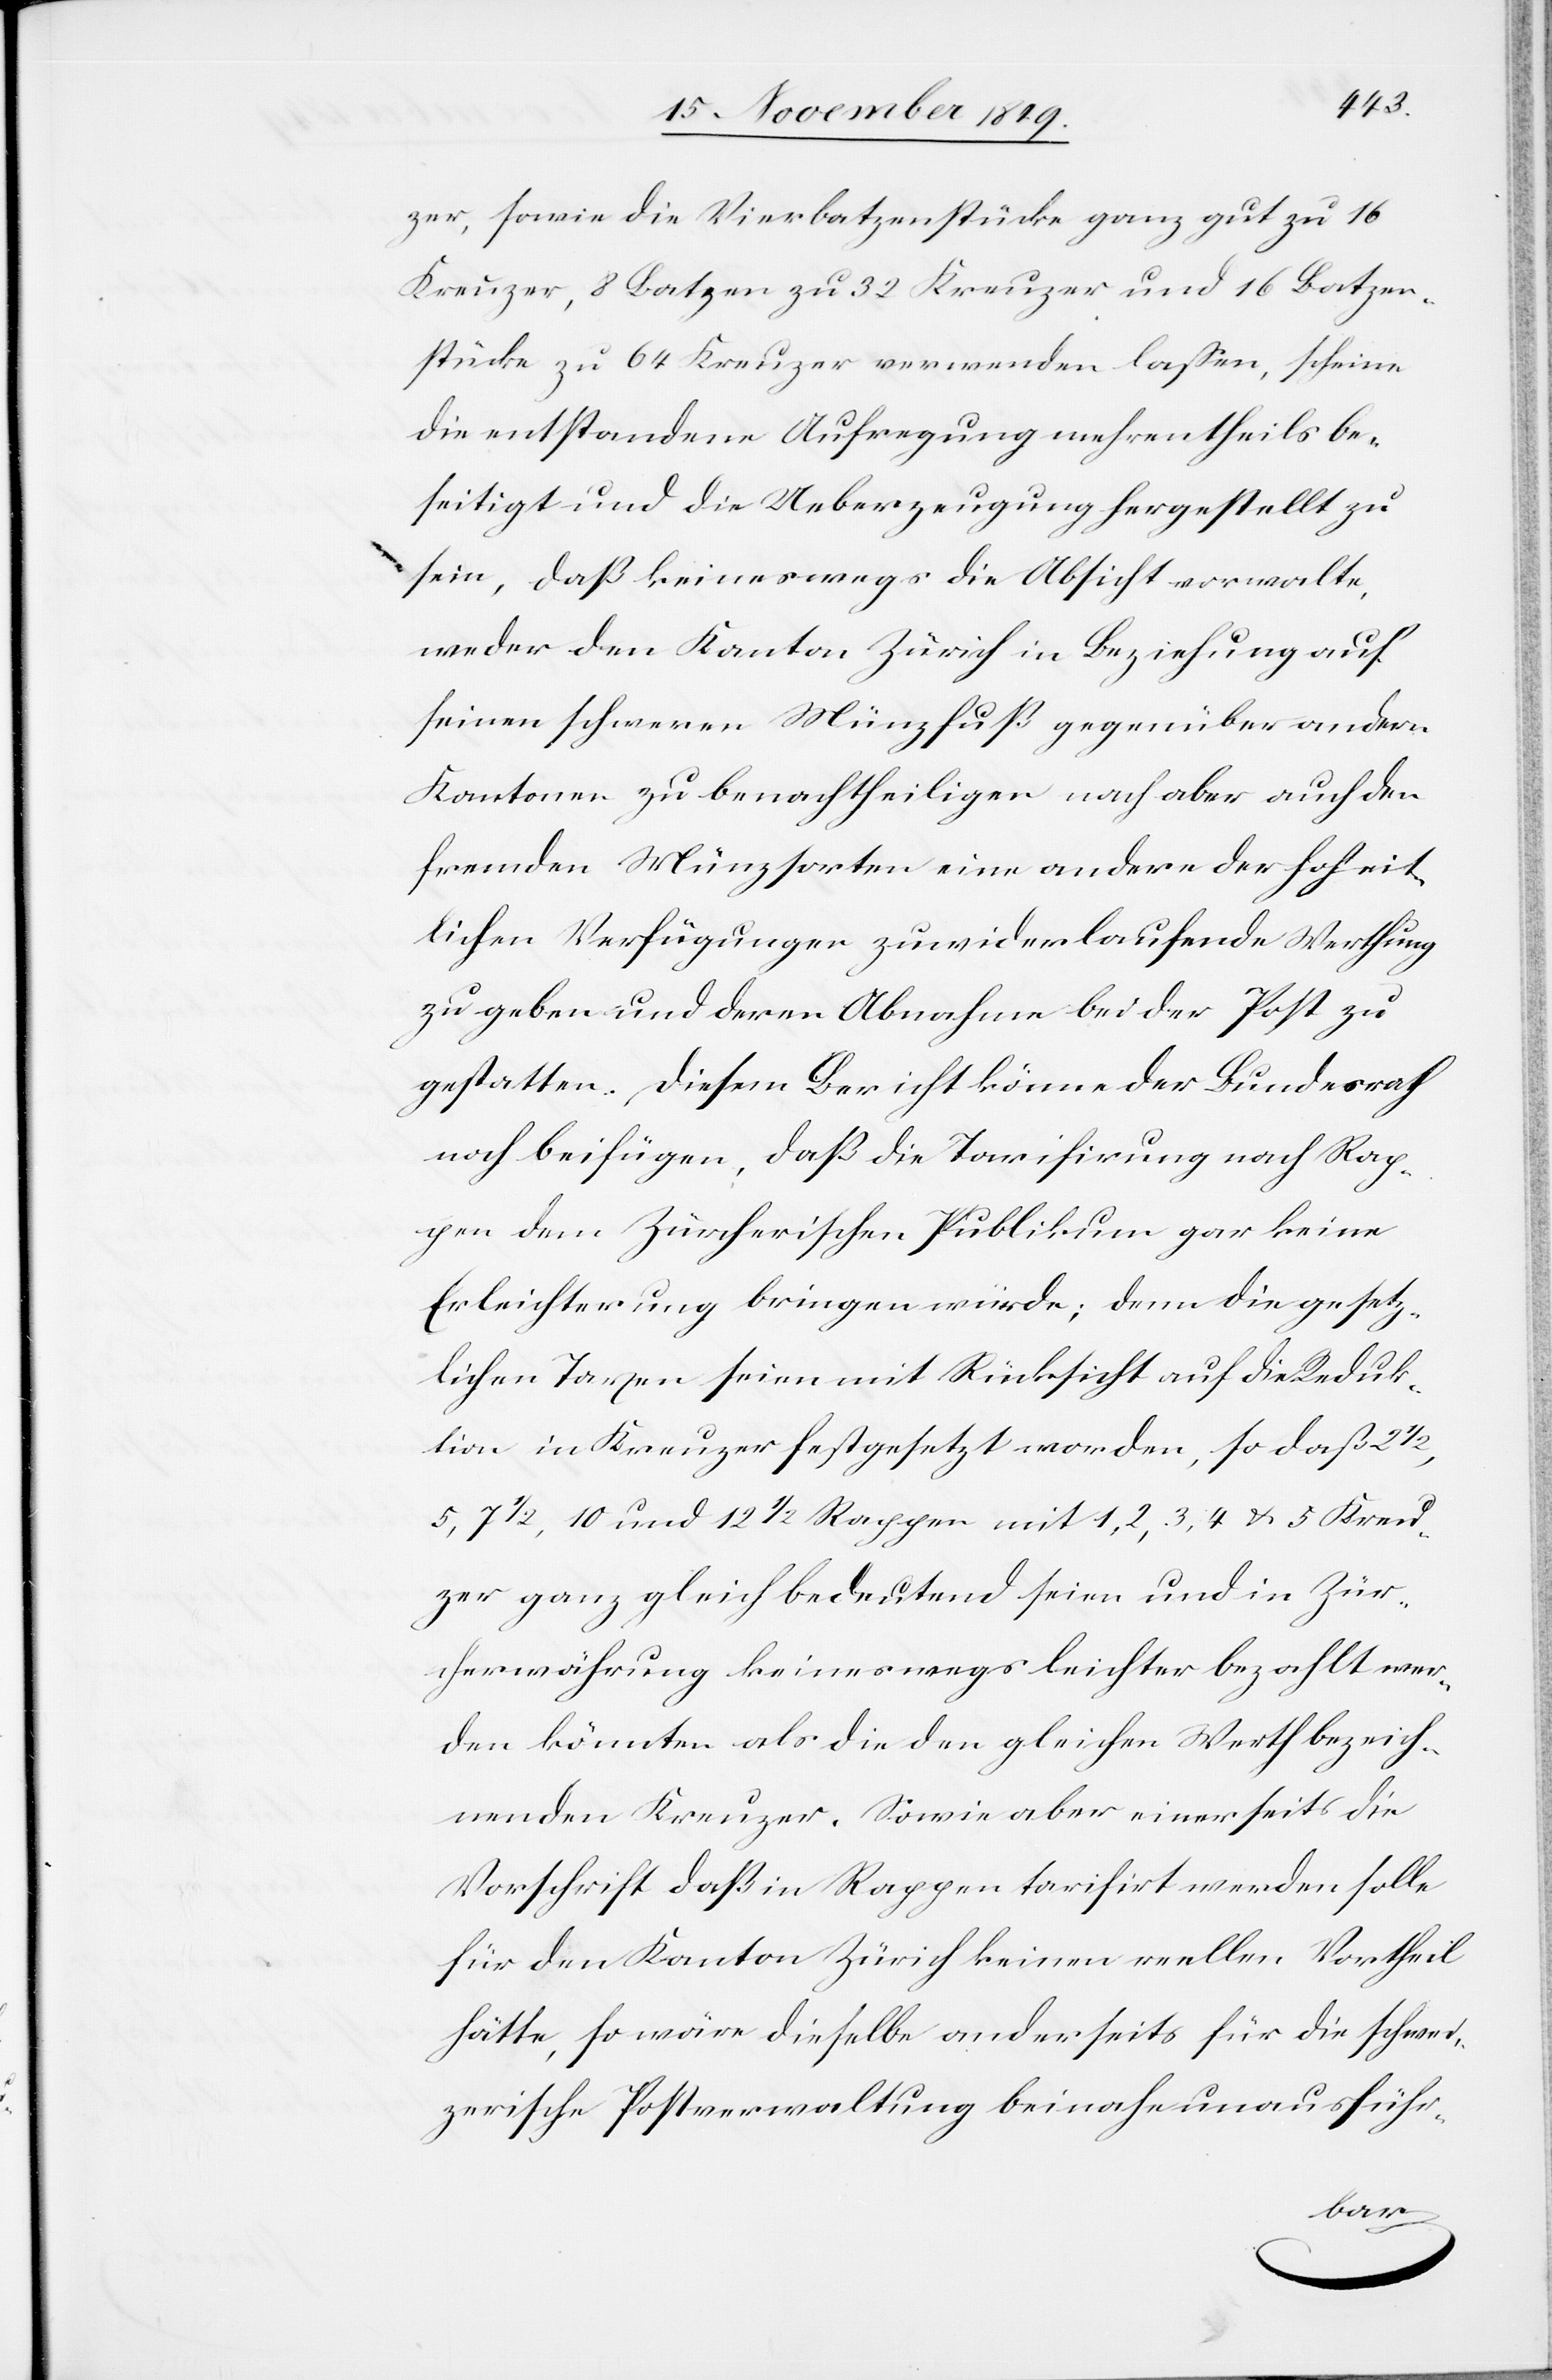
zer, sowie die Vierbatzenstücke ganz gut zu 16
Kreuzer, 8 Batzen zu 32 Kreuzer und 16 Batzen¬
stücke zu 64 Kreuzer verwenden laßen, scheine
die entstandene Aufregung mehrentheils be¬
seitigt und die Ueberzeugung hergestellt zu
sein, daß keineswegs die Absicht vorwalte,
weder den Kanton Zürich in Beziehung auf
seinen schweren Münzfuß gegenüber andern
Kantonen zu benachtheiligen noch aber auch den
fremden Münzsorten eine andere der hoheit¬
lichen Verfügungen zuwiderlaufende Werthung
zu geben und deren Abnahme bei der Post zu
gestatten. Diesem Bericht könne der Bundesrath
noch beifügen, daß die Tarifirung nach Rap¬
pen dem Zürcherischen Publikum gar keine
Erleichterung bringen würde; denn die gesetz¬
lichen Taxen seien mit Rücksicht auf die Reduk¬
tion in Kreuzer festgesetzt worden, so daß 2
5, 7 1/2, 10 und 12 1/2 Rappen mit 1,2,3,4 u. 5 Kreu¬
zer ganz gleich bedeutend seien und in Zür¬
cherwährung keineswegs leichter bezahlt wer¬
den könnten als die den gleichen Werth bezeich¬
nenden Kreuzer. Sowie aber einerseits die
Vorschrift daß in Rappen tarifirt werden solle
für den Kanton Zürich keinen wollen Vortheil
hätte, so wäre dieselbe anderseits für die schwei¬
zerische Postverwaltung beinahe unausführ-